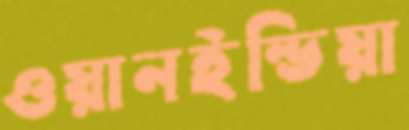
ওয়ানইন্ডিয়া